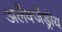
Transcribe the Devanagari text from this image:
अलैक्जैंड्रीय